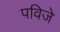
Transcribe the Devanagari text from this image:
पविजे